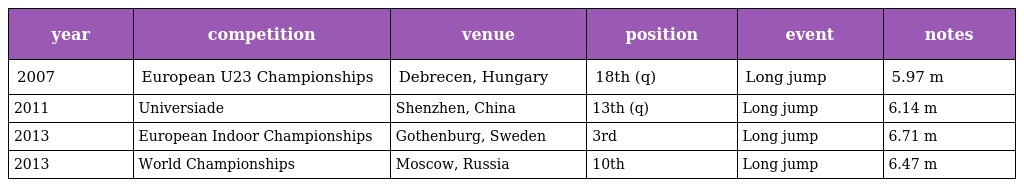
| year | competition | venue | position | event | notes |
 | --- | --- | --- | --- | --- | --- |
 | 2007 | European U23 Championships | Debrecen, Hungary | 18th (q) | Long jump | 5.97 m |
 | 2011 | Universiade | Shenzhen, China | 13th (q) | Long jump | 6.14 m |
 | 2013 | European Indoor Championships | Gothenburg, Sweden | 3rd | Long jump | 6.71 m |
 | 2013 | World Championships | Moscow, Russia | 10th | Long jump | 6.47 m |